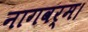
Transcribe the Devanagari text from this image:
नागवर्म।